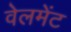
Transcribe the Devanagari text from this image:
वेलमेंट